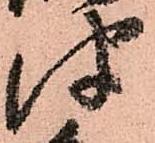
津